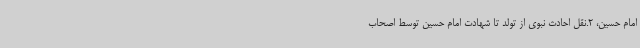
امام حسین، 2.نقل احادث نبوی از تولد تا شهادت امام حسین توسط اصحاب